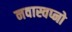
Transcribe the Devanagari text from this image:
नवास्वप्नो